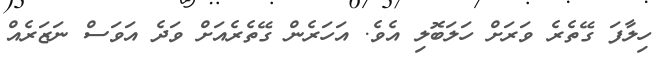
ހިލާފަ ގޭތެރެ ވަރަށް ހަލަބޮލި އެވެ. އަހަރެން ގޭތެރެއަށް ވަދެ އަވަސް ނަޒަރެއް